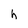
Character: h